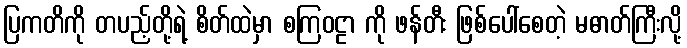
ပြကတိကို တပည့်တို့ရဲ့ စိတ်ထဲမှာ စကြဝဠာ ကို ဖန်တီး ဖြစ်ပေါ်စေတဲ့ မဓာတ်ကြီးလို့